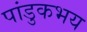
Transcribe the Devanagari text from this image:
पांडुकभय